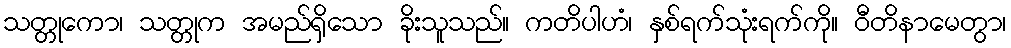
သတ္တုကော၊ သတ္တုက အမည်ရှိသော ခိုးသူသည်။ ကတိပါဟံ၊ နှစ်ရက်သုံးရက်ကို။ ဝီတိနာမေတွာ၊